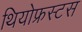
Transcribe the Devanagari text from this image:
थियोफ्रस्टस